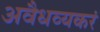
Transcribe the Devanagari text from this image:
अवैधव्यकरं